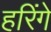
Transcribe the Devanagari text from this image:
हरिंगे